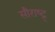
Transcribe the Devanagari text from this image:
सौराष्ट्र्